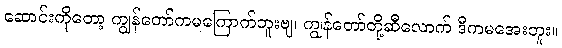
ဆောင်းကိုတော့ ကျွန်တော်ကမကြောက်ဘူးဗျ၊ ကျွန်တော်တို့ဆီလောက် ဒီကမအေးဘူး။